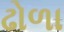
ઢોળા